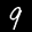
Digit: 9